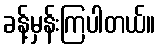
ခန့်မှန်းကြပါတယ်။